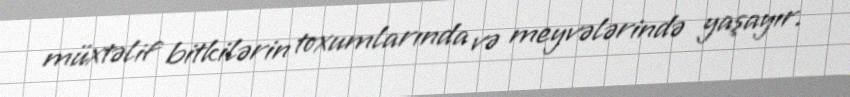
müxtəlif bitkilərin toxumlarında və meyvələrində yaşayır.